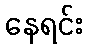
နေရင်း